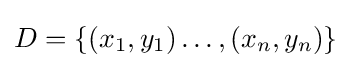
D=\{(x_{1},y_{1})\dots ,(x_{n},y_{n})\}